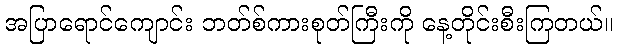
အပြာရောင်ကျောင်း ဘတ်စ်ကားစုတ်ကြီးကို နေ့တိုင်းစီးကြတယ်။